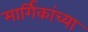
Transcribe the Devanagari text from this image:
मार्गिकांच्या